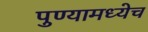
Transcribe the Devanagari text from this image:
पुण्यामध्येच